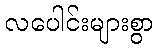
လပေါင်းများစွာ